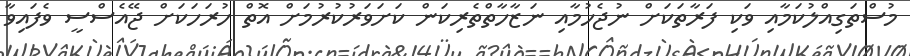
މުސްތަގިއްލުކަމާއި ވަކި ފަރާތަކަށް ނުޖެހުމާއި ނަޒާހާތްތެރިކަން ކަށަވަރުކުރުމަށް އޮތް ހުރަހަކަށް ޖޭއެސްސީ ވެފައިވާ